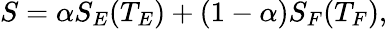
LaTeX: S=\alpha S_{E}(T_{E})+(1-\alpha)S_{F}(T_{F}),